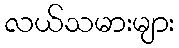
လယ်သမားများ